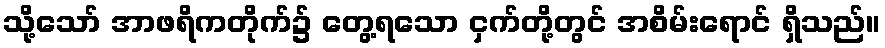
သို့သော် အာဖရိကတိုက်၌ တွေ့ရသော ငှက်တို့တွင် အစိမ်းရောင် ရှိသည်။